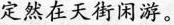
定然在天街闲游。